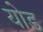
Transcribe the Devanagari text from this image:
योड